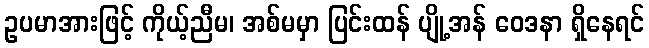
ဥပမာအားဖြင့် ကိုယ့်ညီမ၊ အစ်မမှာ ပြင်းထန် ပျို့အန် ဝေဒနာ ရှိနေရင်